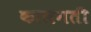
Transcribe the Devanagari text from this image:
कालगती